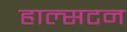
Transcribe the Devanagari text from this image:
हाल्सटन